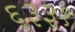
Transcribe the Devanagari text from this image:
६३३१